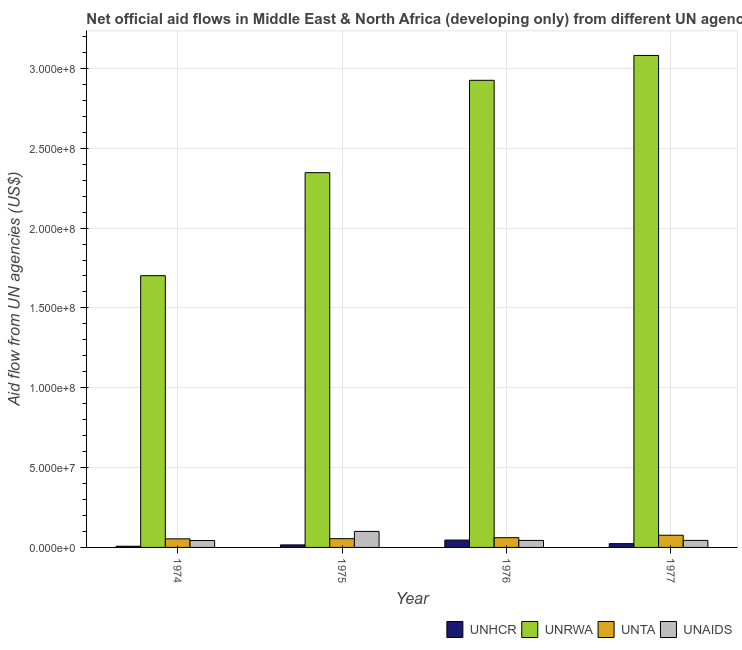
| Year | UNHCR | UNRWA | UNTA | UNAIDS |
 | --- | --- | --- | --- | --- |
 | 1974 | 7.5e+05 | 1.7e+08 | 5.37e+06 | 4.32e+06 |
 | 1975 | 1.58e+06 | 2.35e+08 | 5.49e+06 | 1e+07 |
 | 1976 | 4.61e+06 | 2.93e+08 | 6.1e+06 | 4.39e+06 |
 | 1977 | 2.38e+06 | 3.08e+08 | 7.64e+06 | 4.41e+06 |